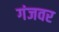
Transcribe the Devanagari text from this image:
गंजवर